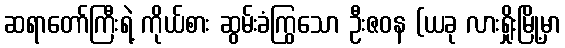
ဆရာတော်ကြီးရဲ့ ကိုယ်စား ဆွမ်းခံကြွသော ဦးဇဝန (ယခု လားရှိုးမြို့မှာ